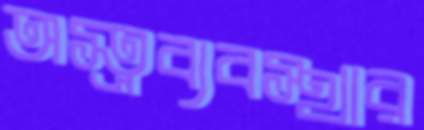
অস্ত্রব্যবস্থার